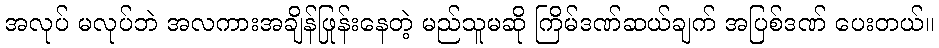
အလုပ် မလုပ်ဘဲ အလကားအချိန်ဖြုန်းနေတဲ့ မည်သူမဆို ကြိမ်ဒဏ်ဆယ်ချက် အပြစ်ဒဏ် ပေးတယ်။